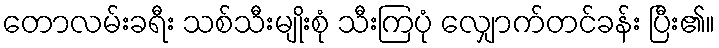
တောလမ်းခရီး သစ်သီးမျိုးစုံ သီးကြပုံ လျှောက်တင်ခန်း ပြီး၏။